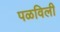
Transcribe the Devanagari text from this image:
पळविली